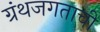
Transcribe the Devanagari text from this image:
ग्रंथजगताची